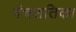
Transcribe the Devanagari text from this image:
पंचशतिका